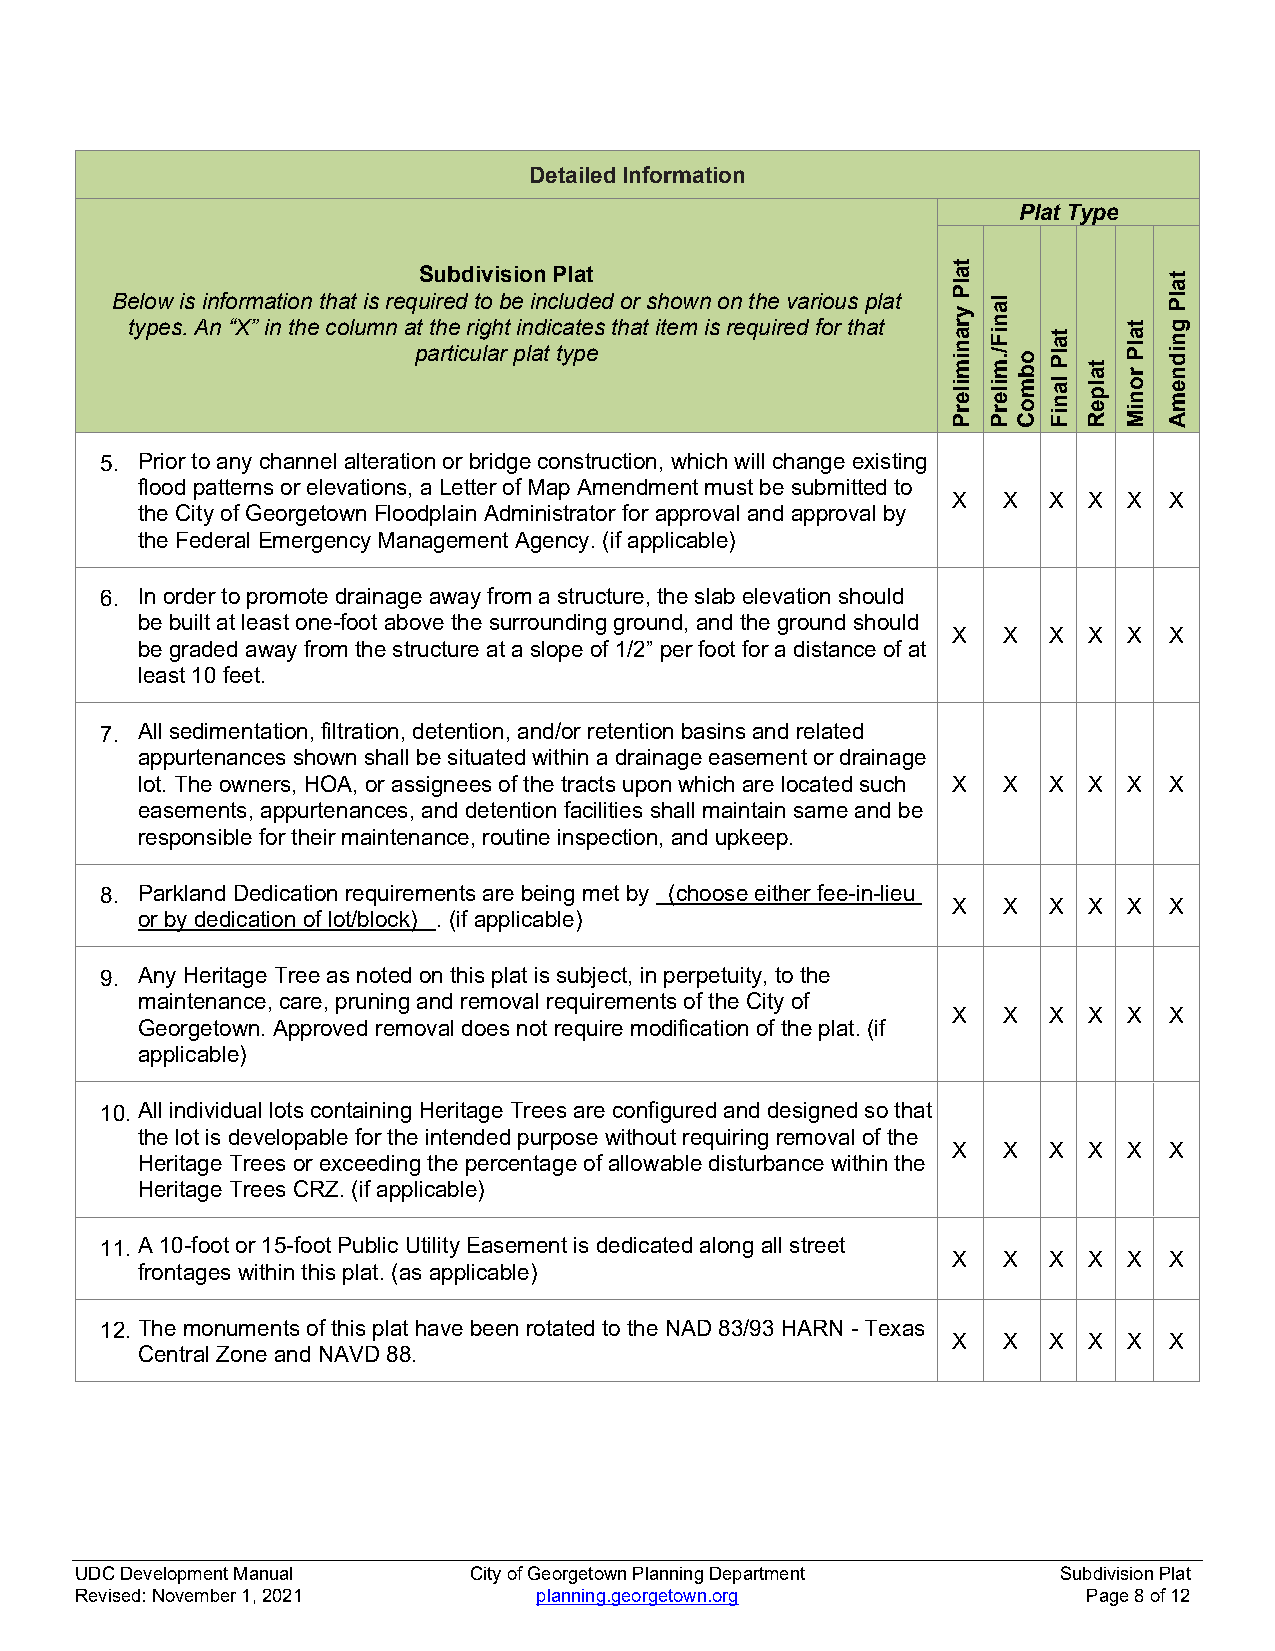
Detailed Information
 Plat Type
 Subdivision Plat
 Below is information that is required to be included or shown on the various plat
 types. An “X” in the column at the right indicates that item is required for that
 particular plat type
 5. Prior to any channel alteration or bridge construction, which will change existing
 flood patterns or elevations, a Letter of Map Amendment must be submitted to
 X  X  X  X  X X
 the City of Georgetown Floodplain Administrator for approval and approval by
 the Federal Emergency Management Agency. (if applicable)
 6. In order to promote drainage away from a structure, the slab elevation should
 be built at least one-foot above the surrounding ground, and the ground should
 X  X  X  X  X X
 be graded away from the structure at a slope of 1/2” per foot for a distance of at
 least 10 feet.
 7. All sedimentation, filtration, detention, and/or retention basins and related
 appurtenances shown shall be situated within a drainage easement or drainage
 lot. The owners, HOA, or assignees of the tracts upon which are located such X X X X X X
 easements, appurtenances, and detention facilities shall maintain same and be
 responsible for their maintenance, routine inspection, and upkeep.
 8. Parkland Dedication requirements are being met by (choose either fee-in-lieu
 X  X  X  X  X X
 or by dedication of lot/block) . (if applicable)
 9. Any Heritage Tree as noted on this plat is subject, in perpetuity, to the
 maintenance, care, pruning and removal requirements of the City of
 X  X  X  X  X X
 Georgetown. Approved removal does not require modification of the plat. (if
 applicable)
 10. All individual lots containing Heritage Trees are configured and designed so that
 the lot is developable for the intended purpose without requiring removal of the
 X  X  X  X  X X
 Heritage Trees or exceeding the percentage of allowable disturbance within the
 Heritage Trees CRZ. (if applicable)
 11. A 10-foot or 15-foot Public Utility Easement is dedicated along all street
 X  X  X  X  X X
 frontages within this plat. (as applicable)
 12. The monuments of this plat have been rotated to the NAD 83/93 HARN - Texas
 X  X  X  X  X X
 Central Zone and NAVD 88.
 UDC Development Manual    City of Georgetown Planning Department Subdivision Plat
 Revised: November 1, 2021      planning.georgetown.org             Page 8 of 12
 talP
 yranimilerP
 laniF/.milerP
 obmoC
 talP
 laniF
 talpeR
 talP
 roniM
 talP
 gnidnemA